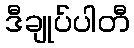
ဒီချုပ်ပါတီ